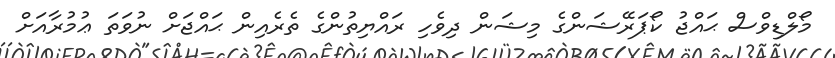
މޯލްޑިވްސް ޙައްޖު ކޯޕަރޭޝަންގެ މިޝަން ދިވެހި ރައްޔިތުންގެ ތެރެއިން ޙައްޖަށް ނުވަތަ ޢުމުރާއަށް